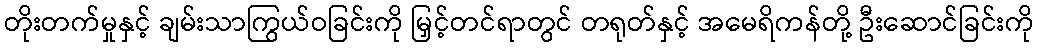
တိုးတက်မှုနှင့် ချမ်းသာကြွယ်ဝခြင်းကို မြှင့်တင်ရာတွင် တရုတ်နှင့် အမေရိကန်တို့ ဦးဆောင်ခြင်းကို